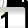
Digit: 1